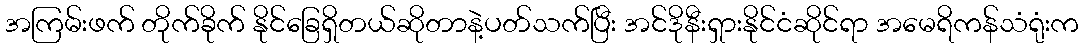
အကြမ်းဖက် တိုက်ခိုက် နိုင်ခြေရှိတယ်ဆိုတာနဲ့ပတ်သက်ပြီး အင်ဒိုနီးရှားနိုင်ငံဆိုင်ရာ အမေရိကန်သံရုံးက